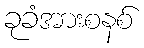
ခုခံအားစနစ်